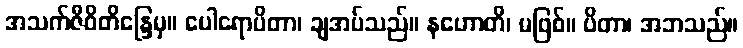
အသက်ဇီဝိတိန္ဒြေမှ။ ပေါရောပိတာ၊ ချအပ်သည်။ နဟောတိ၊ မဖြစ်။ ပိတာ၊ အဘသည်။